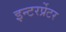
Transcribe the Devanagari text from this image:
इन्टरर्प्रेटर